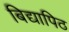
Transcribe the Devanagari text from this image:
बिद्यापिठ